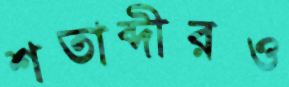
শতাব্দীরও